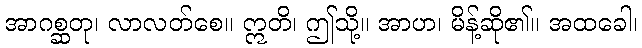
အာဂစ္ဆတု၊ လာလတ်စေ။ ဣတိ၊ ဤသို့။ အာဟ၊ မိန့်ဆို၏။ အထခေါ၊